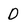
Character: D